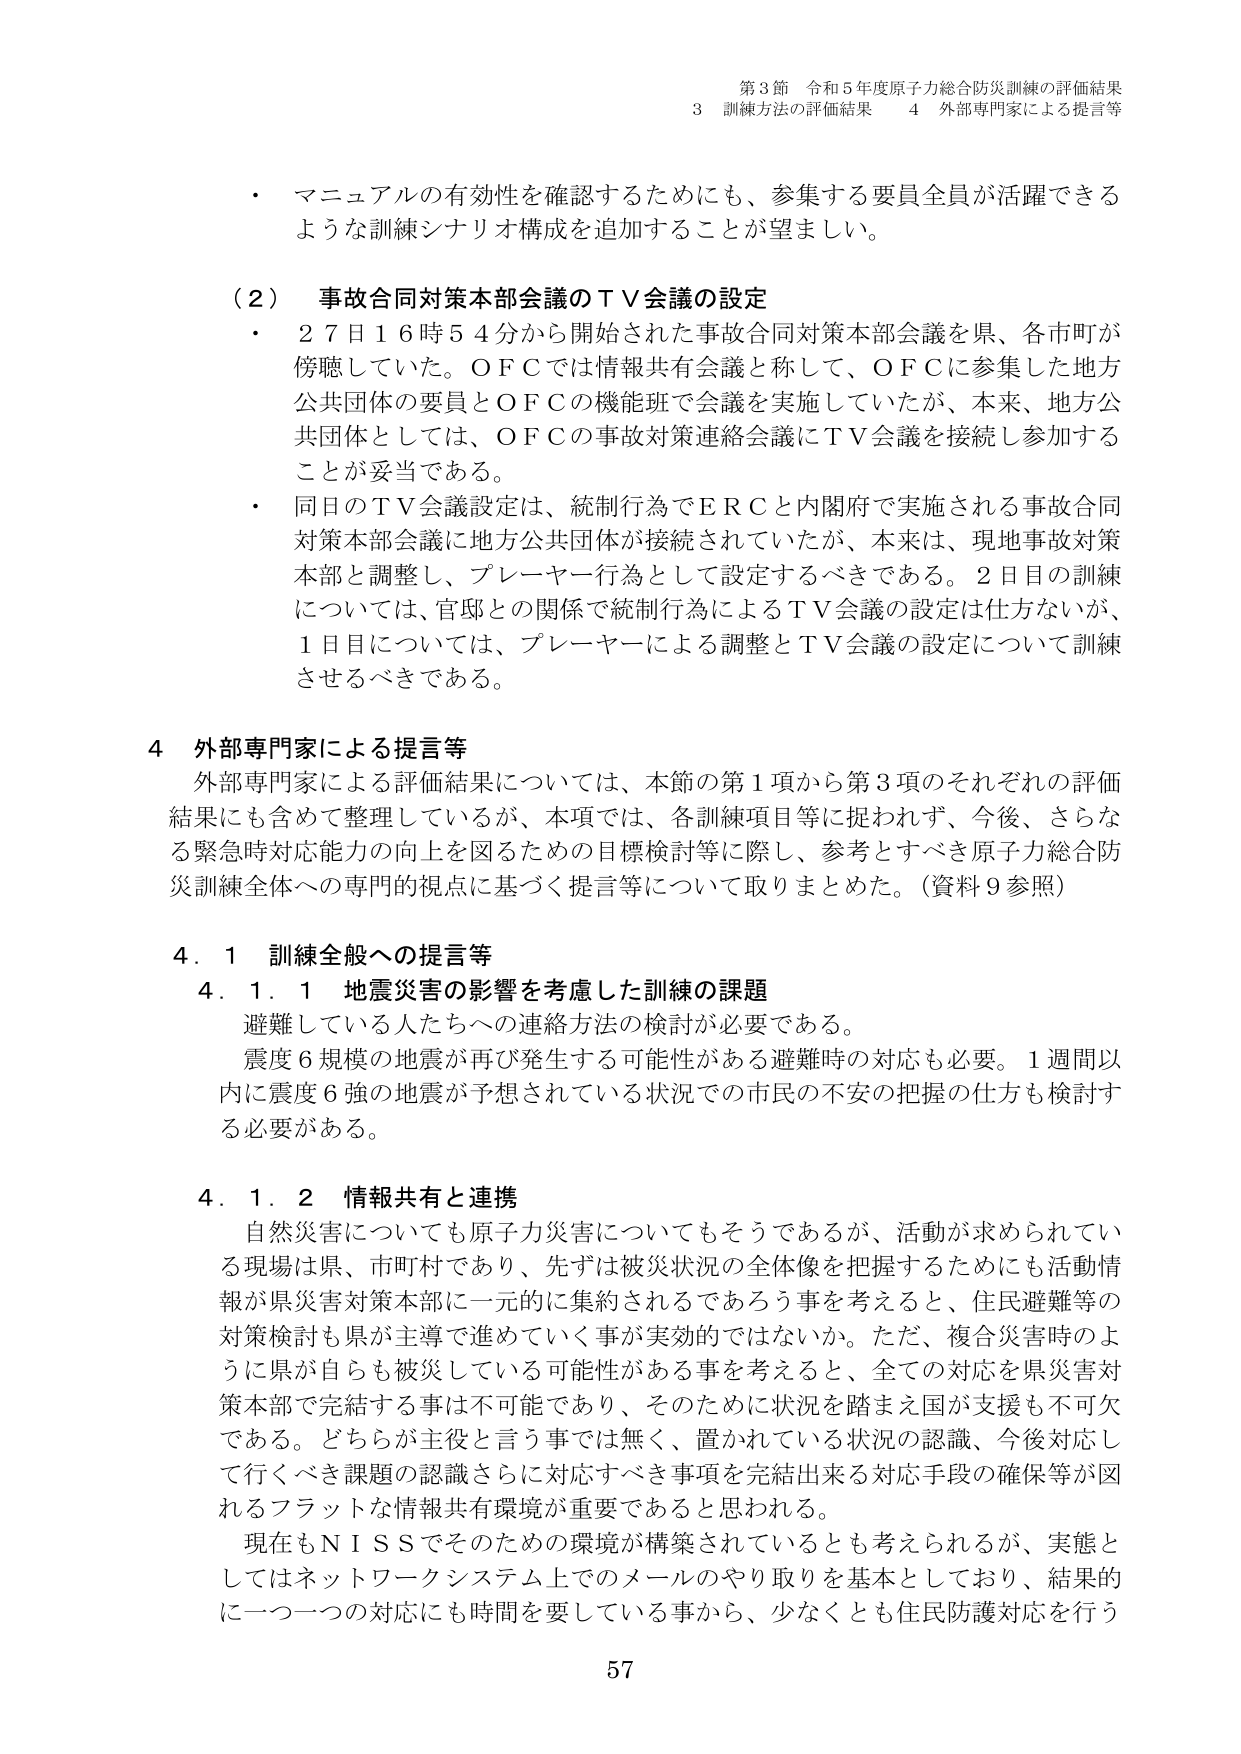
第3節 令和5年度原子力総合防災訓練の評価結果
3 訓練方法の評価結果 4 外部専門家による提言等

・ マニュアルの有効性を確認するためにも、参集する要員全員が活躍できる
ような訓練シナリオ構成を追加することが望ましい。

（2） 事故合同対策本部会議のＴＶ会議の設定
・ 27日16時54分から開始された事故合同対策本部会議を県、各市町が
傍聴していた。ＯＦＣでは情報共有会議と称して、ＯＦＣに参集した地方
公共団体の要員とＯＦＣの機能班で会議を実施していたが、本来、地方公
共団体としては、ＯＦＣの事故対策連絡会議にＴＶ会議を接続し参加する
ことが妥当である。
・ 同日のＴＶ会議設定は、統制行為でＥＲＣと内閣府で実施される事故合同
対策本部会議に地方公共団体が接続されていたが、本来は、現地事故対策
本部と調整し、プレーヤー行為として設定するべきである。2日目の訓練
については、官邸との関係で統制行為によるＴＶ会議の設定は仕方ないが、
1日目については、プレーヤーによる調整とＴＶ会議の設定について訓練
させるべきである。

4 外部専門家による提言等
外部専門家による評価結果については、本節の第1項から第3項のそれぞれの評価
結果にも含めて整理しているが、本項では、各訓練項目等に捉われず、今後、さらな
る緊急時対応能力の向上を図るための目標検討等に際し、参考とすべき原子力総合防
災訓練全体への専門的視点に基づく提言等について取りまとめた。（資料9参照）

4.1 訓練全般への提言等
4.1.1 地震災害の影響を考慮した訓練の課題
避難している人たちへの連絡方法の検討が必要である。
震度6規模の地震が再び発生する可能性がある避難時の対応も必要。1週間以
内に震度6強の地震が予想されている状況での市民の不安の把握の仕方も検討す
る必要がある。

4.1.2 情報共有と連携
自然災害についても原子力災害についてもそうであるが、活動が求められてい
る現場は県、市町村であり、先ずは被災状況の全体像を把握するためにも活動情
報が県災害対策本部に一元的に集約されるであろう事を考えると、住民避難等の
対策検討も県が主導で進めていく事が実効的ではないか。ただ、複合災害時のよ
うに県が自らも被災している可能性がある事を考えると、全ての対応を県災害対
策本部で完結する事は不可能であり、そのために状況を踏まえ国が支援も不可欠
である。どちらが主役と言う事では無く、置かれている状況の認識、今後対応し
て行くべき課題の認識さらに対応すべき事項を完結出来る対応手段の確保等が図
れるフラットな情報共有環境が重要であると思われる。
現在もＮＩＳＳでそのための環境が構築されているとも考えられるが、実態と
してはネットワークシステム上でのメールのやり取りを基本としており、結果的
に一つ一つの対応にも時間を要している事から、少なくとも住民防護対応を行う

57